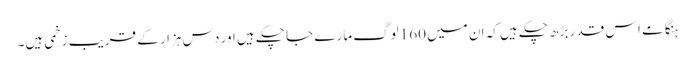
ہنگامے اس قدر بڑھ چکے ہیں کہ ان میں 160 لوگ مارے جا چکے ہیں اور دس ہزار کے قریب زخمی ہیں۔